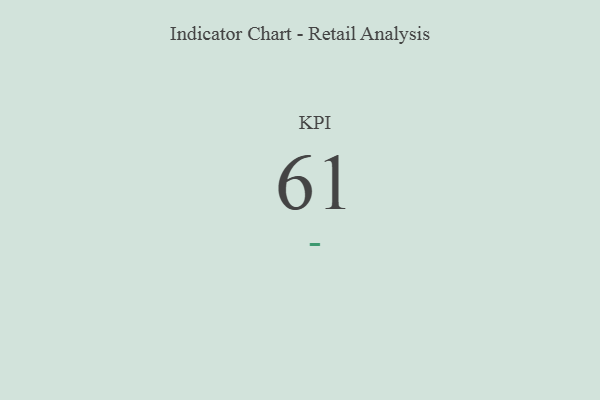
{"axis": {"x": "KPI", "y": "Value"}, "legend": [""], "data": [{"x": "KPI", "y": 61, "type": ""}]}